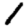
Digit: 1